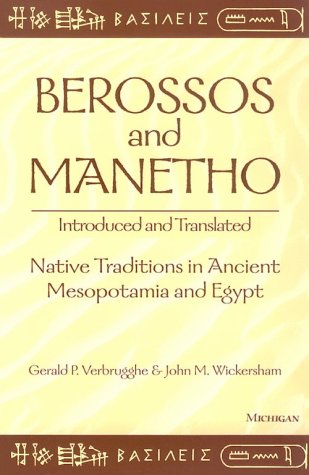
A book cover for Berossos and Manetho, Introduced and Translated: Native Traditions in Ancient Mesopotamia and Egypt; Gerald Verbrugghe; History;